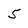
Character: 5